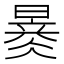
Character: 𣊂